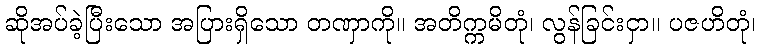
ဆိုအပ်ခဲ့ပြီးသော အပြားရှိသော တဏှာကို။ အတိက္ကမိတုံ၊ လွန်ခြင်းငှာ။ ပဇဟိတုံ၊